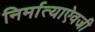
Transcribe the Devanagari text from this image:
निर्मात्याऐवजी